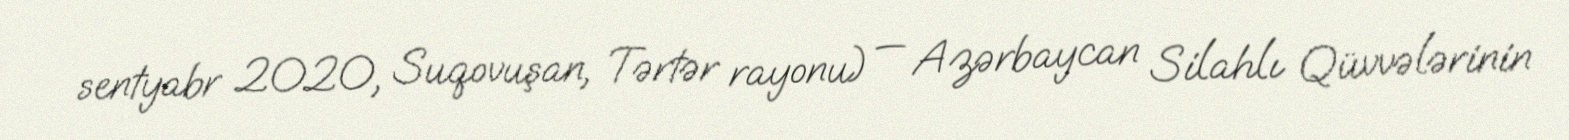
sentyabr 2020, Suqovuşan, Tərtər rayonu) — Azərbaycan Silahlı Qüvvələrinin